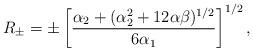
LaTeX: \begin{align*}R_{\pm}=\pm \left[ \frac{\alpha_2+(\alpha_2^2+12\alpha\beta)^{1/2}}{6\alpha_1} \right]^{1/2},\end{align*}